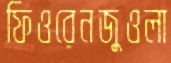
ফিওরেনজুওলা